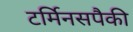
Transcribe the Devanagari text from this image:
टर्मिनसपैकी